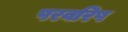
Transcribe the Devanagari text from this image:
परवरिष